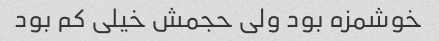
خوشمزه بود ولی حجمش خیلی کم بود